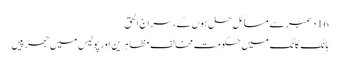
16 دسمبر سے مسائل حل ہوں گے، سراج الحق
ہانگ کانگ میں حکومت مخالف مظاہرین اور پولیس میں جھڑپیں